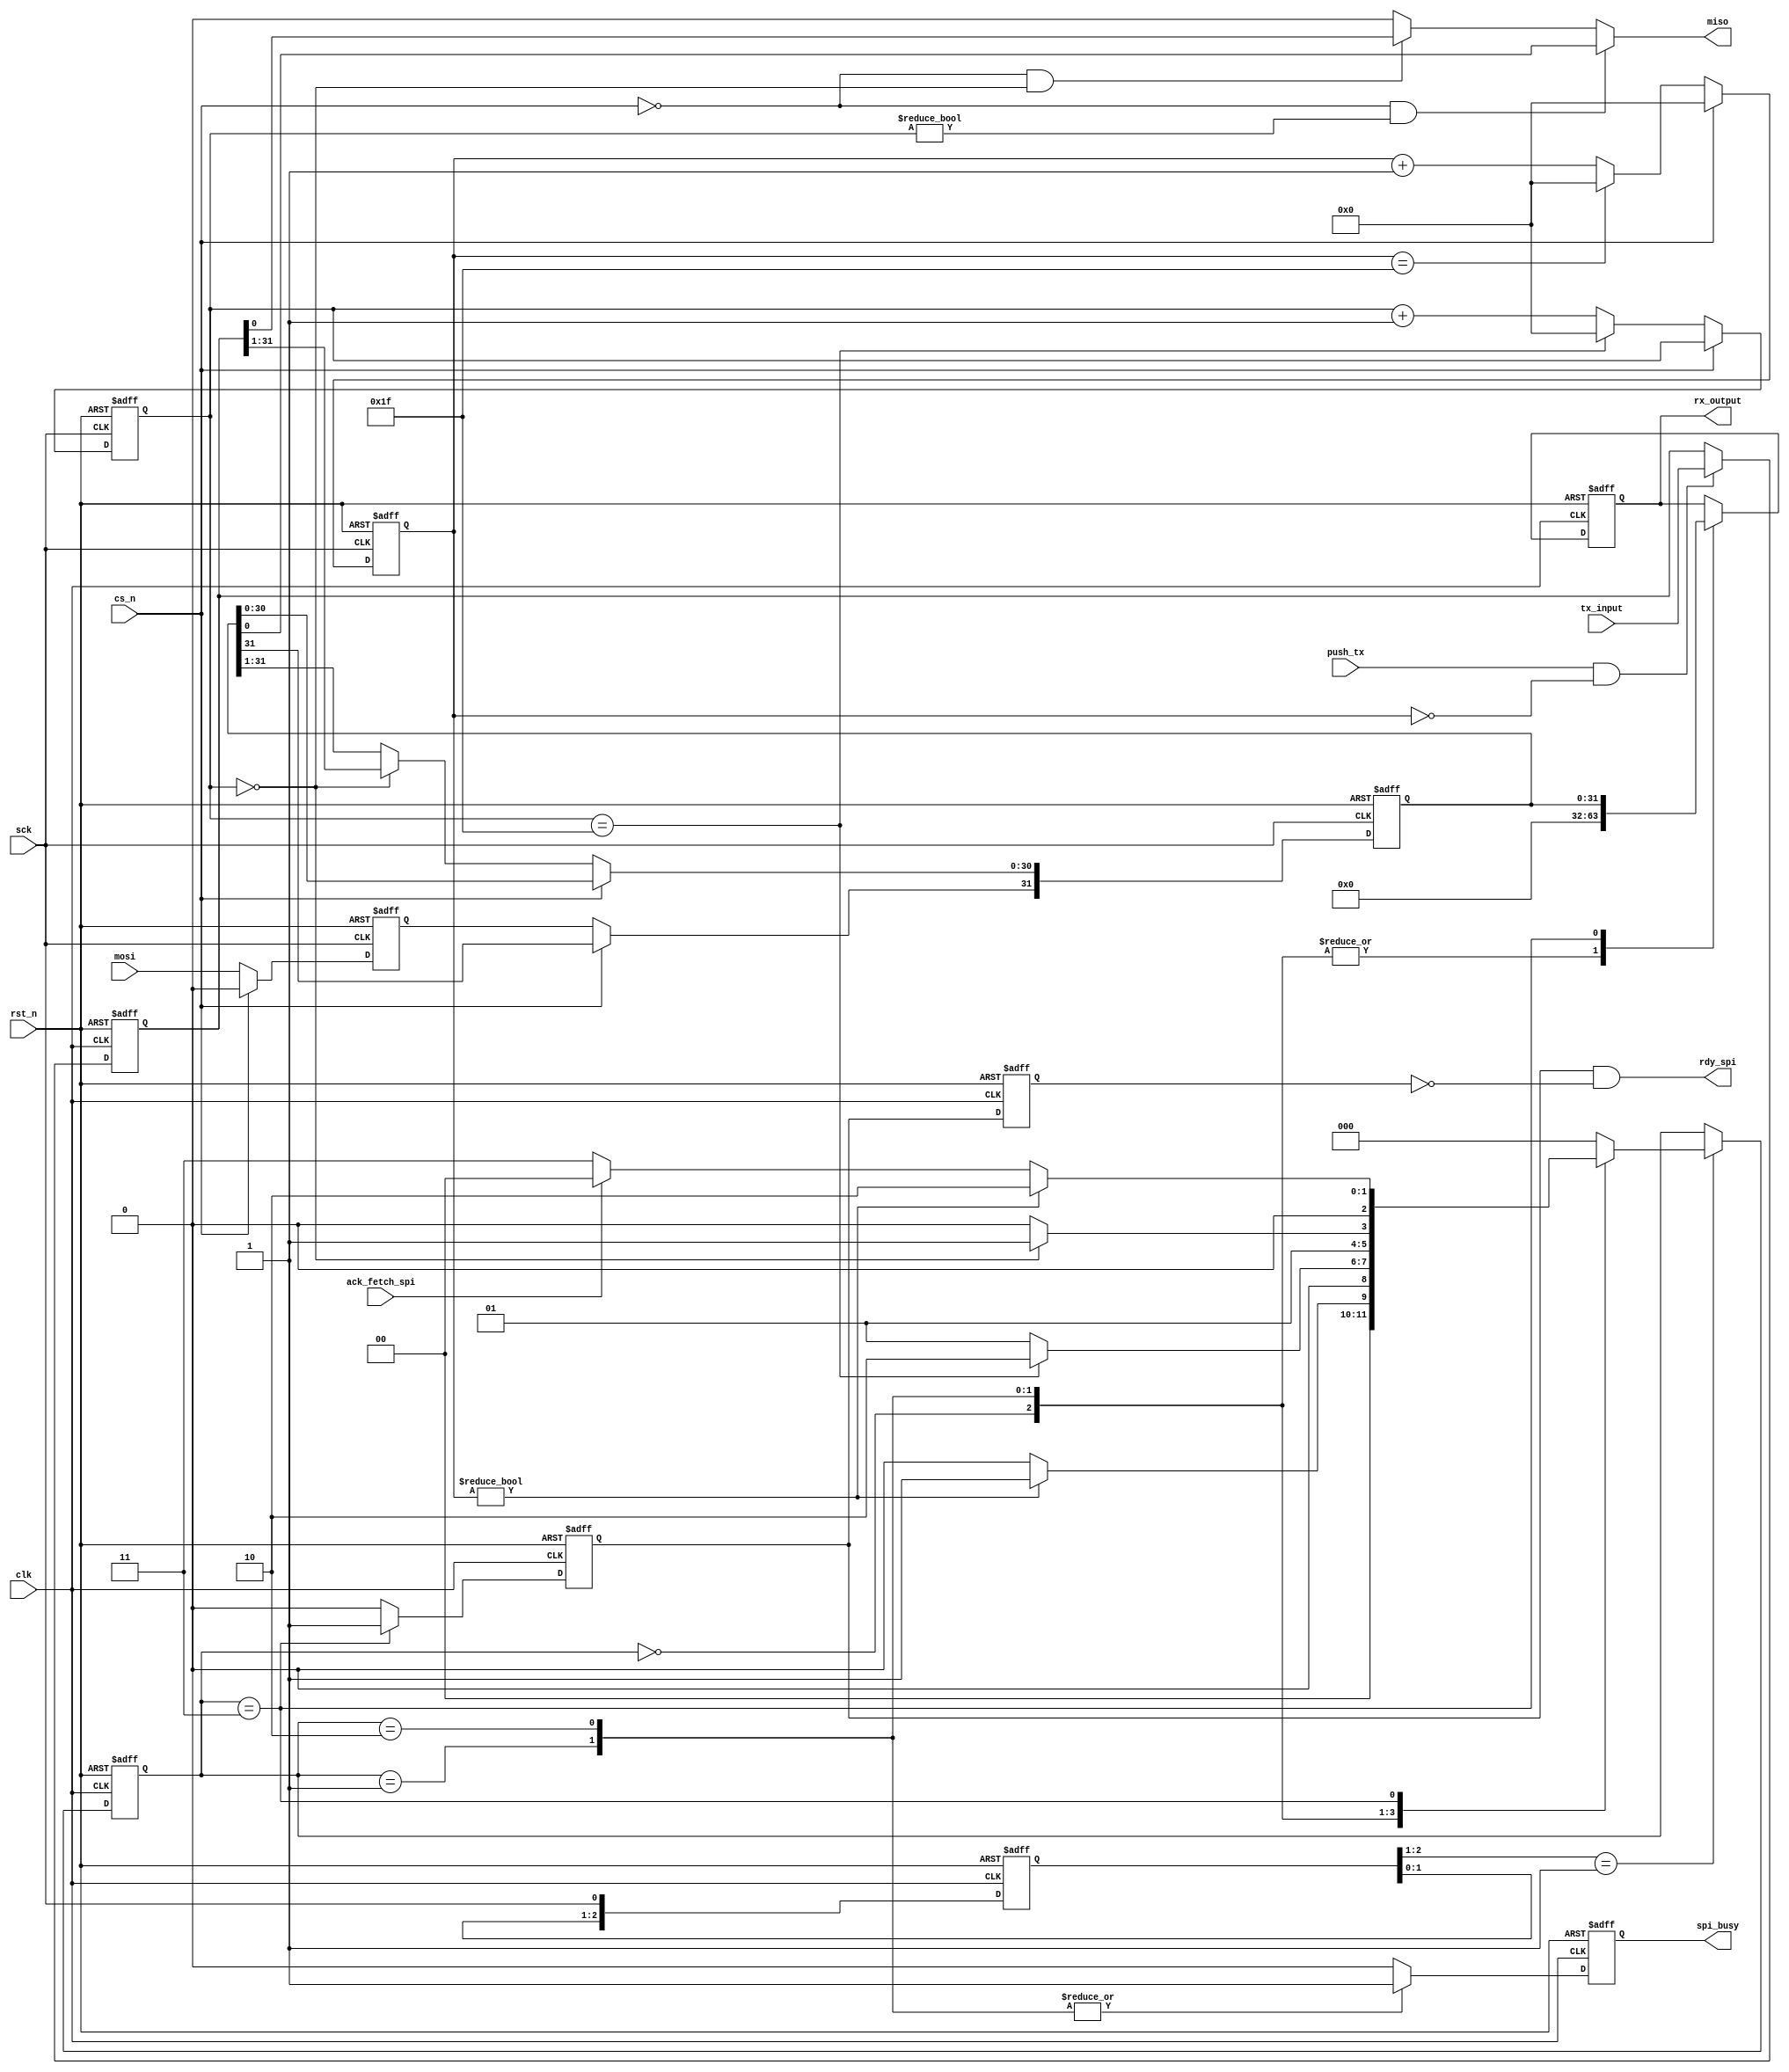
// Standard SPI module (slave mode)
// Function:
// Two separate clocks for internal and external communication.
// Internal interface to FSM is parallel. It can be converted to serial via a SIPO with proper handshake with this code.
// Change Log:
// 2013         Yan Liu     Initial version
// 13/08/2014   Song Luan   Code clean-up, added tri-state on MISO.
// 15/11/2014   Yan Liu     correct BUSY.
// 17/10/2019   Yan Liu     Dual clock to latch the busy and data.
//LSB first, 
 //sck cs_n in-active high
//data MISO change at the rising edge, bit0 will be ready after cs_n is low,
//latch results from MOSI, 1st falling edge as in CANDO4
module spi_std_slave (
    // Standard SPI interface
    sck,        // SPI clock
    miso,       // Master IN slave Out lsb first, Latched in in falling edge
    mosi,       // Master Out slave IN lsb first, changed in falling edge
    cs_n,        // Chip select (low active)

    // Tristate pad control on MISO
    //HiZ_on,     // Turn on HiZ state on MISO pad (high active) 

    // Internal parallel interface


    clk,        //Chip clock 
    rst_n,      // Asynchronous rst_n
    tx_input,   // Transmission data in FSM-> SPI -> SPI MASTER
    rx_output,  // Receiving data SPI MASTER -> SPI -> FSM
    push_tx,  //high to update data.
    spi_busy,  // Transceiver is busy (high active), will be low if is idel or tx rx finished
    ack_fetch_spi, //from fsm to inform the spi engine that fectch is done.
    rdy_spi //transceiver is ready , data is valid during when rdy is high.

);

parameter LEN_SPI = 32 ; //packet data only after decoding and header removeal
parameter BITS_CNT_SPI = 6 ;

// SPI interface
input sck, mosi, cs_n;
output reg miso;

// Tristate pad control on MISO
//output wire HiZ_on;

// Internal parallel interface to FSM
input rst_n,clk;
input [LEN_SPI-1:0] tx_input;
input push_tx,ack_fetch_spi;

output reg [LEN_SPI-1:0] rx_output;
output reg spi_busy;
output rdy_spi;

reg [LEN_SPI-1:0] fifo_tx;
reg [2:0] st_ctrl_spi;

// internal registers and variables
reg [LEN_SPI-1:0] tr_cycle_buffer;  // Shift registers for transceiver
reg [BITS_CNT_SPI-1:0] cnt_tx,cnt_rx;
reg mosi_latched;

//cycle through tx buffer 
always @(posedge sck or negedge rst_n) begin
    if (!rst_n) begin
        // rst_n
        tr_cycle_buffer <= 'd0;
        cnt_tx <= 0;
    end
    else if (cs_n == 1'b0) begin
        // If chip is selected
        case (cnt_tx)
            0: begin 
                tr_cycle_buffer [LEN_SPI-2: 0] <= fifo_tx[LEN_SPI-1 : 1];
                tr_cycle_buffer [LEN_SPI-1] <= mosi_latched;
                cnt_tx <= cnt_tx + 1;
            end
            LEN_SPI-1: begin 
                cnt_tx <= 0;
                tr_cycle_buffer <= {mosi_latched,tr_cycle_buffer[LEN_SPI-1:1]};
            end
            default : begin
                /* default */
                cnt_tx <= cnt_tx + 1;
                tr_cycle_buffer <= {mosi_latched,tr_cycle_buffer[LEN_SPI-1:1]};
            end
        endcase
    end
end

//miso is changed depends on the number of edge
always @(cs_n,cnt_tx,fifo_tx,tr_cycle_buffer) begin
    miso = 0;
    if(~cs_n && cnt_tx==0) begin
        miso = fifo_tx[0];
    end
    if(~cs_n && cnt_tx!=0) begin
        miso = tr_cycle_buffer[0];
    end
end

//cycle through rx buffer
//latch results from MOSI, 1st falling edge as in CANDO4
always @(negedge sck or negedge rst_n) begin
    if (~rst_n) begin
        // rst_n
        mosi_latched <=0;
        cnt_rx <=0;
    end
    else if(cs_n) begin 
        mosi_latched <=0;
        cnt_rx <=0;
    end
    else begin
      if (cs_n == 1'b0) begin
        // If chip is selected
        mosi_latched <= mosi;
        cnt_rx <=cnt_rx+1;
        if (cnt_rx == LEN_SPI-1) begin 
          cnt_rx<= 0;
        end
      end
    end
end
// master  miso poseedge output
// slave   miso negedge read
 
reg [2:0] sck_z;
reg [2:0] cs_n_z;
//statemachine for spi controller
always @(posedge clk or negedge rst_n) begin
    if(~rst_n) begin
    	sck_z <= 0;
        cs_n_z <= 0;
        fifo_tx <= 0;
        st_ctrl_spi <= 0;
    end else begin
        fifo_tx <= fifo_tx;
        cs_n_z[2:0] <= {cs_n_z[1:0],cs_n};
        sck_z[2:0] <= {sck_z[1:0],sck};
        if (sck_z[2:1]==2'b01 ) begin //rising edge
	        case (st_ctrl_spi)
	            3'b000: begin //idle
	              if (cnt_rx != 0) begin 
	                  st_ctrl_spi <= 3'b001;
	              end
	              else begin 
	                  st_ctrl_spi <= 3'b000;
	              end
	            end
	            3'b001: begin //wait for transmission finished
	              if (cnt_tx == LEN_SPI-1) begin 
	                  st_ctrl_spi <= 3'b010;
	              end
	              else begin 
	                  st_ctrl_spi <= 3'b001;
	              end
	            end
	            3'b010: begin //wait for transmission finished
	              if (cnt_tx == 0) begin 
	                  st_ctrl_spi <= 3'b011;
	              end
	              else begin 
	                  st_ctrl_spi <= 3'b010;
	              end
	            end

	            3'b011: begin //wait for data to be fetched
	              if (cnt_rx != 0) begin 
	                  st_ctrl_spi <= 3'b010;
	              end
	              else begin
	                if (ack_fetch_spi == 1) begin 
	                    st_ctrl_spi <= 3'b000;
	                end
	                else begin 
	                    st_ctrl_spi <= 3'b011;
	                end
	              end
	            end
	            default : st_ctrl_spi <= 3'b000;
	        endcase
	        //if push tx high, the fifo get pushed, warning, will clear the previous data.
        end
    	if (push_tx && (cnt_rx == 0)) begin 
            fifo_tx <= tx_input;
        end
    end
end


reg rdy_spi_buf;
reg rdy_spi_buf_d1;
always @(posedge clk or negedge rst_n)
	if(!rst_n)
		rdy_spi_buf_d1 <= 0;
	else 
		rdy_spi_buf_d1 <= rdy_spi_buf;

assign rdy_spi = (rdy_spi_buf==1 && rdy_spi_buf_d1==0);

always @(posedge clk or negedge rst_n) begin
	if(~rst_n) begin
		spi_busy <= 0;
        rdy_spi_buf <= 0;
        rx_output <= 0;
	end
	else begin
		  case (st_ctrl_spi)
			  3'b000: begin //idle
				spi_busy <= 0;
				rdy_spi_buf <= 0;
				rx_output <= 0;
			  end
			  3'b001: begin //wait for transmission finished
				spi_busy <= 1;
				rdy_spi_buf <= 0;
				rx_output <= 0;
			  end
			  3'b010: begin //wait for transmission finished
				spi_busy <= 1;
				rdy_spi_buf <= 0;
				rx_output <= 0;
			  end
			  3'b011: begin //wait for data to be fetched
				spi_busy <= 0;
				rdy_spi_buf <= 1;
				rx_output <= tr_cycle_buffer;
			  end
			  default :begin
				spi_busy <= 0;
				rdy_spi_buf <= 0;
				//rx_output <= 0;
			  end 
		  endcase
	end

end

endmodule